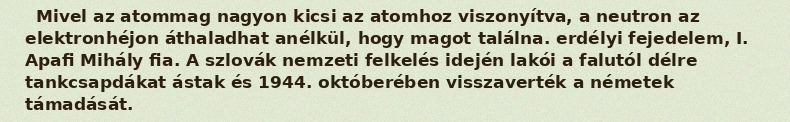
Mivel az atommag nagyon kicsi az atomhoz viszonyítva, a neutron az elektronhéjon áthaladhat anélkül, hogy magot találna. erdélyi fejedelem, I. Apafi Mihály fia. A szlovák nemzeti felkelés idején lakói a falutól délre tankcsapdákat ástak és 1944. októberében visszaverték a németek támadását.